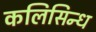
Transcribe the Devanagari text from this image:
कलिसिन्ध